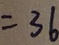
= 3 6